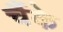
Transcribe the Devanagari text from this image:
चैंके